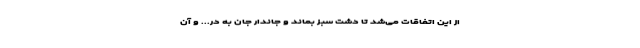
از این اتفاقات می‌شد تا دشت سبز بماند و جاندار جان به در... و آن